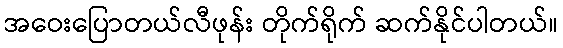
အဝေးပြောတယ်လီဖုန်း တိုက်ရိုက် ဆက်နိုင်ပါတယ်။